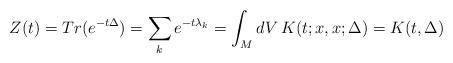
LaTeX: \begin{align*} Z(t)= Tr(e^{-t\Delta}) = \sum_k e^{-t\lambda_k} = \int_M dV\, K(t; x, x; \Delta) = K(t, \Delta)\end{align*}